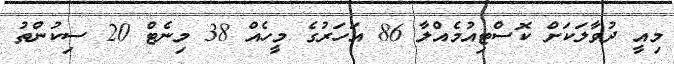
މިއީ ދުވާލަކަށް ކޮސްޓިއުމެއްލާ 86 އަހަރުގެ މީހެއް 38 މިނެޓް 20 ސިކުންތު